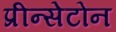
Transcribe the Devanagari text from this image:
प्रीन्सेटोन